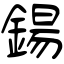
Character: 鍚